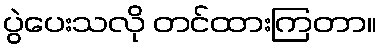
ပွဲပေးသလို တင်ထားကြတာ။